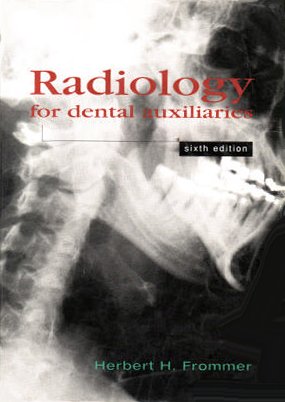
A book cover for Radiology for Dental Auxiliaries; Herbert H. Frommer; Medical Books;